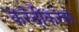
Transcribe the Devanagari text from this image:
करंदीकरसे